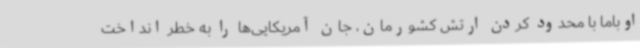
اوباما با محدود کردن ارتش کشورمان، جان آمریکایی‌ها را به خطر انداخت